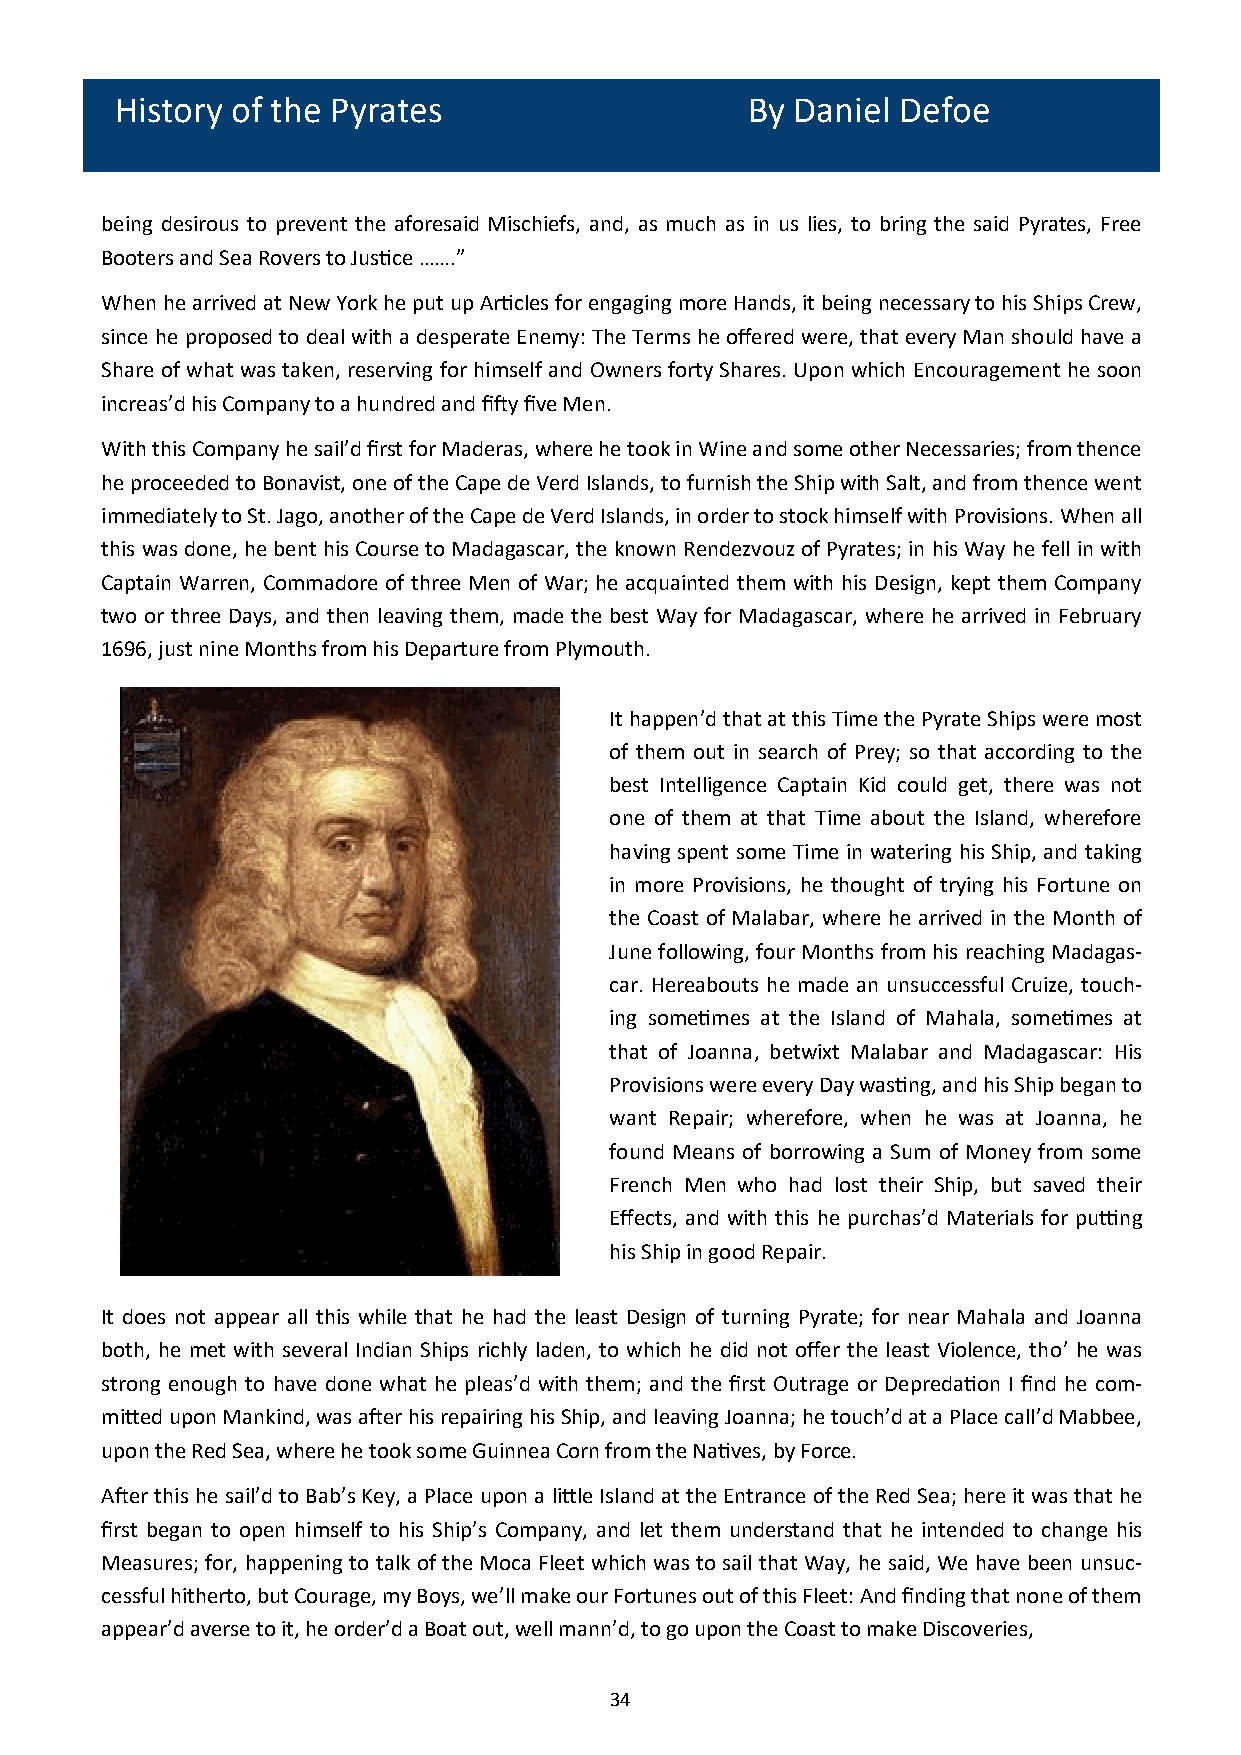
History of the Pyrates                    By Daniel Defoe
 being desirous to prevent the aforesaid Mischiefs, and, as much as in us lies, to bring the said Pyrates, Free
 Booters and Sea Rovers to Justice …….”
 When he arrived at New York he put up Articles for engaging more Hands, it being necessary to his Ships Crew,
 since he proposed to deal with a desperate Enemy: The Terms he offered were, that every Man should have a
 Share of what was taken, reserving for himself and Owners forty Shares. Upon which Encouragement he soon
 increas’d his Company to a hundred and fifty five Men.
 With this Company he sail’d first for Maderas, where he took in Wine and some other Necessaries; from thence
 he proceeded to Bonavist, one of the Cape de Verd Islands, to furnish the Ship with Salt, and from thence went
 immediately to St. Jago, another of the Cape de Verd Islands, in order to stock himself with Provisions. When all
 this was done, he bent his Course to Madagascar, the known Rendezvouz of Pyrates; in his Way he fell in with
 Captain Warren, Commadore of three Men of War; he acqu ainted them with his Design, kept them Company
 two or three Days, and then leaving them, made the best Way for Madagascar, where he arrived in February
 1696, just nine Months from his Departure from Plymouth.
 It happen’d that at this Time the Pyrate Ships were most
 of them out in search of Prey; so that according to the
 best Intelligence Captain Kid could get, there was not
 one of them at that Time about the Island, wherefore
 having spent some Time in watering his Ship, and taking
 in more Provisions, he thought of trying his Fortune on
 the Coast of Malabar, where he arrived in the Month of
 June following, four Months from his reaching Madagas-
 car. Hereabouts he made an unsuccessful Cruize, touch-
 ing sometimes at the Island of Mahala, sometimes at
 that of Joanna, betwixt Malabar and Madagascar: His
 Provisions were every Day wasting, and his Ship began to
 want Repair; wherefore, when he was at Joanna, he
 found Means of borrowing a Sum of Money from some
 French Men who had lost their Ship, but saved their
 Effects, and with this he purchas’d Materials for putting
 his Ship in good Repair.
 It does not appear all this while that he had the least Design of turning Pyrate; for near Mahala and Joanna
 both, he met with several Indian Ships richly laden, to which he did not offer the least Violence, tho’ he was
 strong enough to have done what he pleas’d with them; and the first Outrage or Depredation I find he com-
 mitted upon Mankind, was after his repairing his Ship, and leaving Joanna; he touch’d at a Place call’d Mabbee,
 upon the Red Sea, where he took some Guinnea Corn from the Natives, by Force.
 After this he sail’d to Bab’s Key, a Place upon a little Island at the Entrance of the Red Sea; here it was that he
 first began to open himself to his Ship’s Company, and let them understand that he intended to change his
 Measures; for, happening to talk of the Moca Fleet which was to sail that Way, he said, We have been unsuc-
 cessful hitherto, but Courage, my Boys, we’ll make our Fortunes out of this Fleet: And finding that none of them
 appear’d averse to it, he order’d a Boat out, well mann’d, to go upon the Coast to make Discoveries,
 34